Document type: Sale
Year: 1435
Scribe: Pere Soler
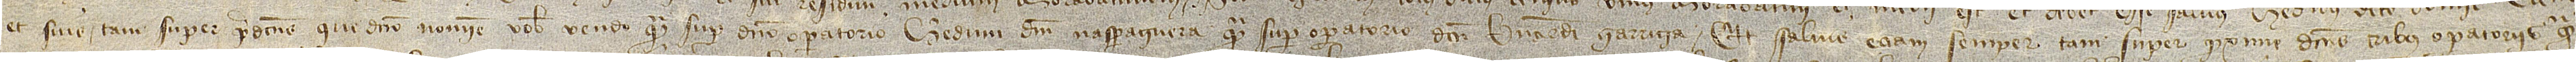
et suis tam super predictus que dicto nomine vobis vendo quam super dicto operatorio heredum d’en n’Asparraguera quam super operatorio dicti Bernardi Garriga, et salvis etiam semper tam super proxime dictis tribus operatoriis quam